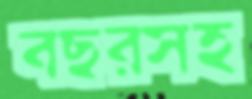
বছরসহ